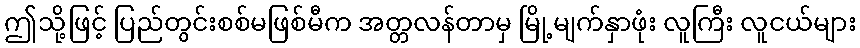
ဤသို့ဖြင့် ပြည်တွင်းစစ်မဖြစ်မီက အတ္တလန်တာမှ မြို့မျက်နှာဖုံး လူကြီး လူငယ်များ